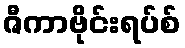
ဇီကာဗိုင်းရပ်စ်